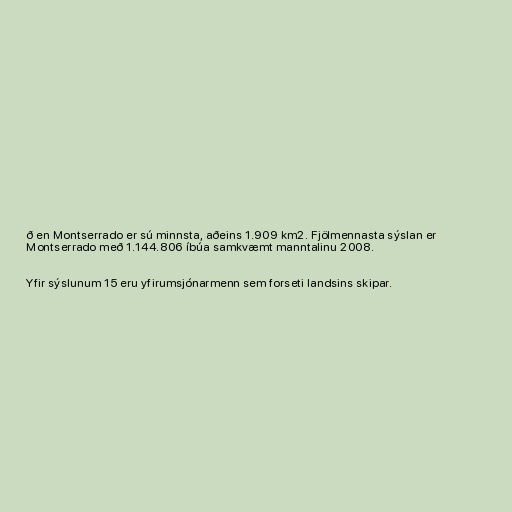
ð en Montserrado er sú minnsta, aðeins 1.909 km2. Fjölmennasta sýslan er
Montserrado með 1.144.806 íbúa samkvæmt manntalinu 2008.

Yfir sýslunum 15 eru yfirumsjónarmenn sem forseti landsins skipar.